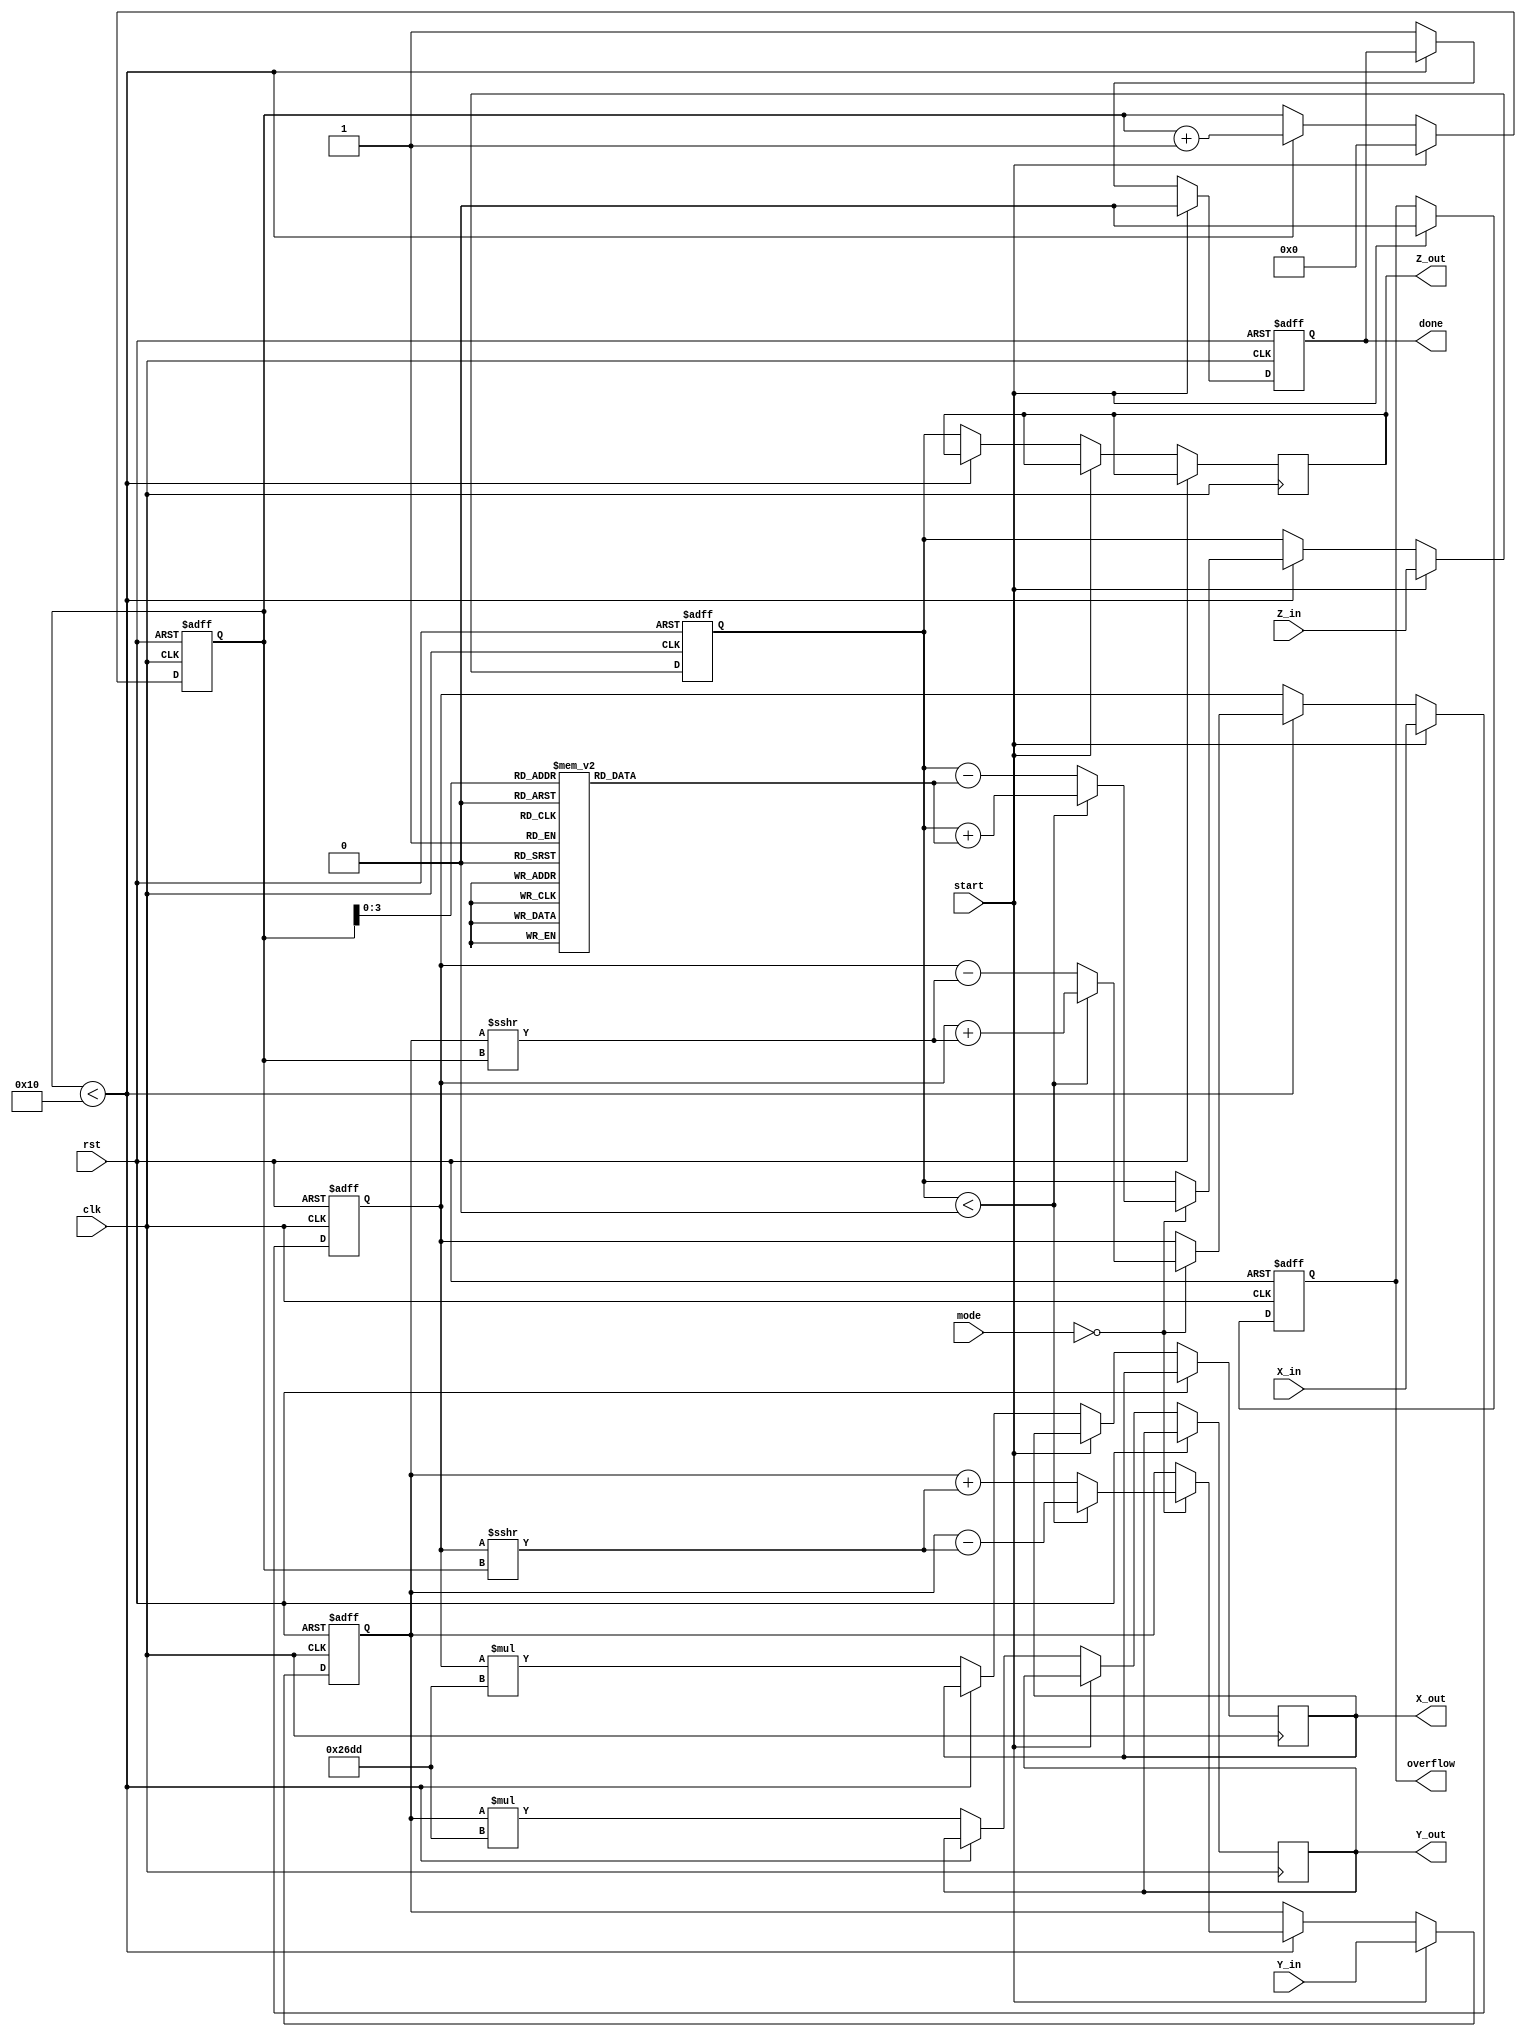
module cordic_fixed_point #(
    parameter WIDTH = 16,          // Bit-width for fixed-point representation
    parameter ITERATIONS = 16      // Number of iterations for CORDIC
)(
    input wire clk,
    input wire rst,
    input wire start,
    input wire [WIDTH-1:0] X_in,
    input wire [WIDTH-1:0] Y_in,
    input wire [WIDTH-1:0] Z_in,
    input wire [2:0] mode,         // 0: Rotation, 1: Vectoring, 2: Hyperbolic
    output reg [WIDTH-1:0] X_out,
    output reg [WIDTH-1:0] Y_out,
    output reg [WIDTH-1:0] Z_out,
    output reg done,
    output reg overflow
);

    // Internal registers
    reg [WIDTH-1:0] X_reg, Y_reg, Z_reg;
    reg [4:0] iteration; // To track the number of iterations
    reg [WIDTH-1:0] atan_table [0:ITERATIONS-1]; // Lookup table for arctangent values
    reg [WIDTH-1:0] K; // Scaling factor

    // Initialize arctangent values and scaling factor
    initial begin
        // Populate atan_table with precomputed values (example values)
        atan_table[0] = 16'h2000; // atan(2^-0)
        atan_table[1] = 16'h1000; // atan(2^-1)
        atan_table[2] = 16'h0800; // atan(2^-2)
        // ... Fill in the rest of the table
        K = 16'h26DD; // Example scaling factor
    end

    // State machine for CORDIC operation
    always @(posedge clk or posedge rst) begin
        if (rst) begin
            X_reg <= 0;
            Y_reg <= 0;
            Z_reg <= 0;
            iteration <= 0;
            done <= 0;
            overflow <= 0;
        end else if (start) begin
            // Initialize registers
            X_reg <= X_in;
            Y_reg <= Y_in;
            Z_reg <= Z_in;
            iteration <= 0;
            done <= 0;
            overflow <= 0;
        end else if (iteration < ITERATIONS) begin
            // CORDIC iteration logic
            case (mode)
                3'b000: begin // Rotation mode
                    if (Z_reg < 0) begin
                        X_reg <= X_reg + (Y_reg >>> iteration);
                        Y_reg <= Y_reg - (X_reg >>> iteration);
                        Z_reg <= Z_reg + atan_table[iteration];
                    end else begin
                        X_reg <= X_reg - (Y_reg >>> iteration);
                        Y_reg <= Y_reg + (X_reg >>> iteration);
                        Z_reg <= Z_reg - atan_table[iteration];
                    end
                end
                3'b001: begin // Vectoring mode
                    // Vectoring logic (similar to rotation but computes angle)
                    // Implement vectoring logic here
                end
                3'b010: begin // Hyperbolic mode
                    // Hyperbolic logic (similar to rotation but for sinh/cosh)
                    // Implement hyperbolic logic here
                end
            endcase
            iteration <= iteration + 1;
        end else begin
            // Final output assignment
            X_out <= X_reg * K; // Apply scaling
            Y_out <= Y_reg * K; // Apply scaling
            Z_out <= Z_reg; // Output angle
            done <= 1;
        end
    end

endmodule